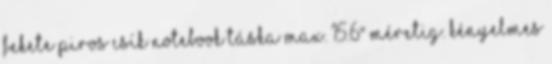
Fekete piros csík notebook táska max. 15.6" méretig. Kényelmes